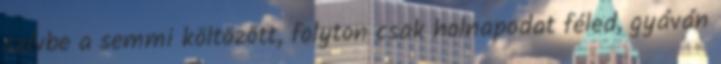
szívbe a semmi költözött, folyton csak holnapodat féled, gyáván